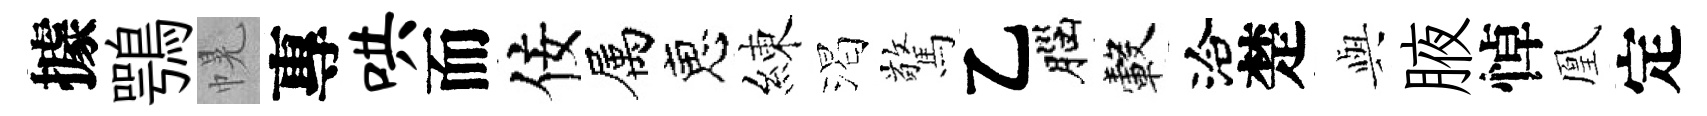
據鶚幌專哄而佞属恵練渴驚乙腦轂洽楚𫤰腋悼凰定